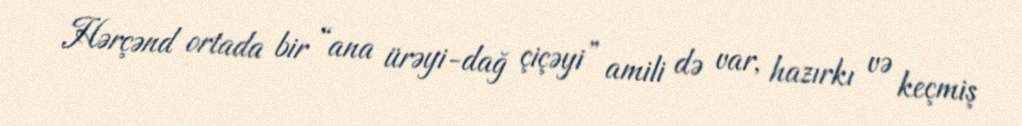
Hərçənd ortada bir “ana ürəyi-dağ çiçəyi” amili də var, hazırkı və keçmiş